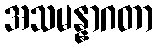
အသမန္နာဂတာ